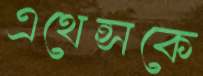
এথেন্সকে